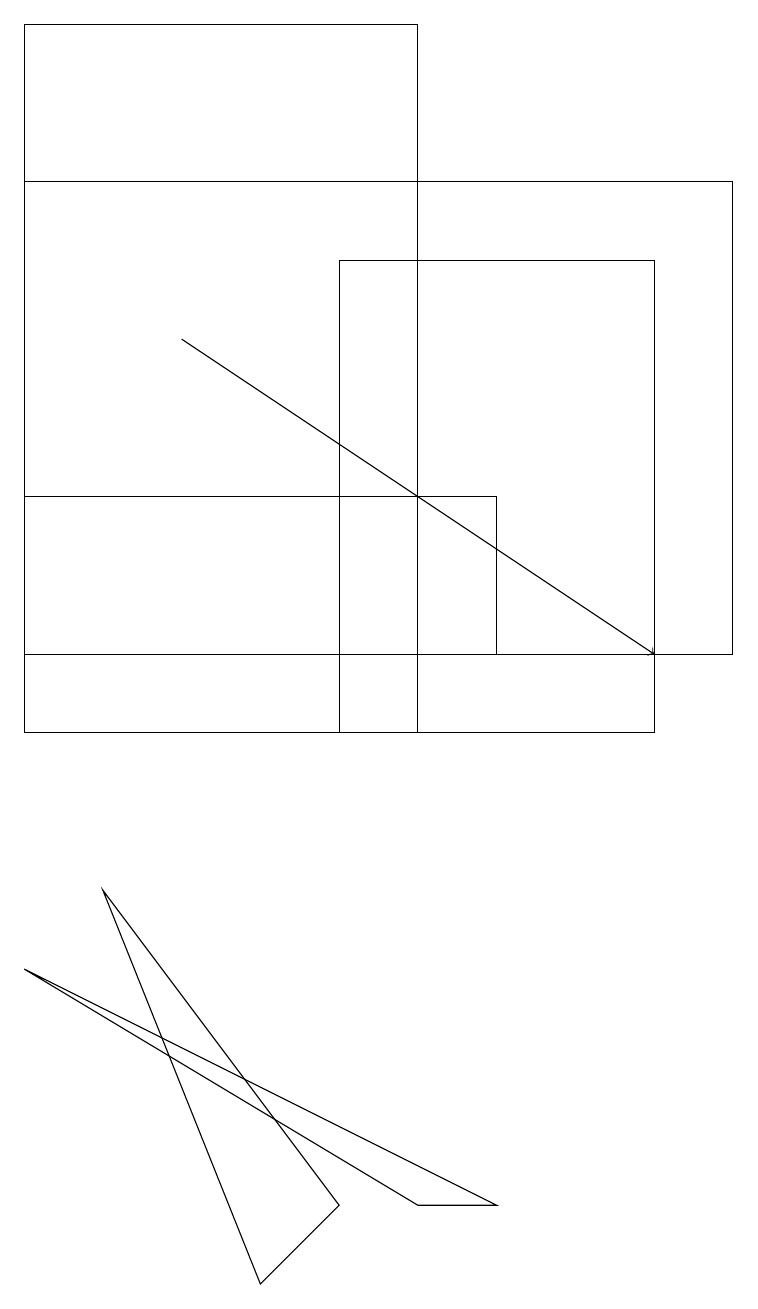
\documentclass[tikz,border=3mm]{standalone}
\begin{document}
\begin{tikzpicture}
\draw (0,11) rectangle (6,13);
\draw (0,17) rectangle (9,11);
\draw (8,16) rectangle (4,10);
\draw (5,4) -- (6,4) -- (0,7) -- cycle;
\draw (1,8) -- (3,3) -- (4,4) -- cycle;
\draw[->] (2,15) -- (8,11);
\draw (0,10) rectangle (5,19);
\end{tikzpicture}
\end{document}